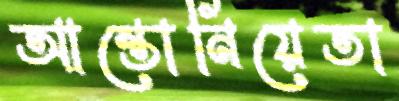
আন্তোনিয়েতা